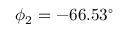
\phi _ { 2 } = - 6 6 . 5 3 ^ { \circ }